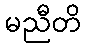
မညီတိ